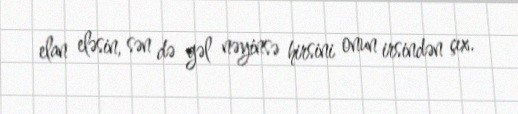
elan eləsin, sən də gəl nəyinsə hirsini onun irsindən çıx.